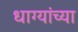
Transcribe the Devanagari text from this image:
धाग्यांच्या